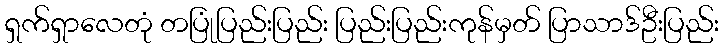
ရှက်ရှာလေတုံ တပြုံပြည်းပြည်း ပြည်းပြည်းကုန်မှတ် ပြာသာဒ်ဦးပြည်း